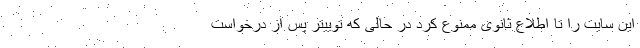
این سایت را تا اطلاع ثانوی ممنوع کرد در حالی که توییتر پس از درخواست